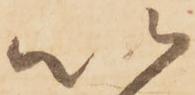
以